Annual administration report of the Civil Veterinary Department of India - 1899-1900
Year: 1899
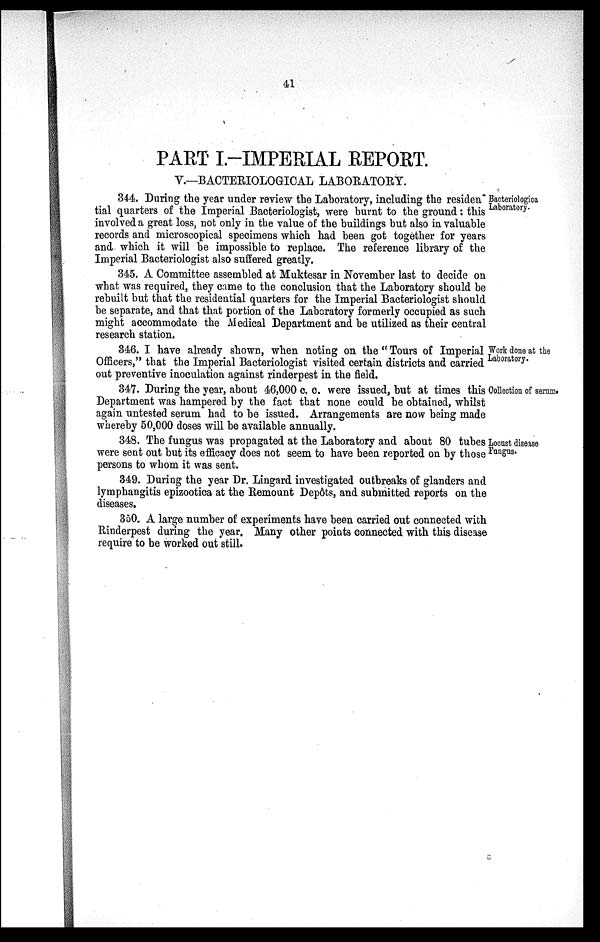
41
PART I.-IMPERIAL REPORT.
V.—BACTERIOLOGICAL LABORATORY.
Bacteriological
Laboratory.
344. During the year under review the Laboratory, including the residen
tial quarters of the Imperial Bacteriologist, were burnt to the ground: this
involved a great loss, not only in the value of the buildings but also in valuable
records and microscopical specimens which had been got together for years
and which it will be impossible to replace. The reference library of the
Imperial Bacteriologist also suffered greatly.
345. A Committee assembled at Muktesar in November last to decide on
what was required, they came to the conclusion that the Laboratory should be
rebuilt but that the residential quarters for the Imperial Bacteriologist should
be separate, and that that portion of the Laboratory formerly occupied as such
might accommodate the Medical Department and be utilized as their central
research station.
Work done at the
Laboratory.
346. I have already shown, when noting on the "Tours of Imperial
Officers," that the Imperial Bacteriologist visited certain districts and carried
out preventive inoculation against rinderpest in the field.
Collection of serum.
347. During the year, about 46,000 c. c. were issued, but at times this
Department was hampered by the fact that none could be obtained, whilst
again untested serum had to be issued. Arrangements are now being made
whereby 50,000 doses will be available annually.
Locust disease
Fungus.
348. The fungus was propagated at the Laboratory and about 80 tubes
were sent out but its efficacy does not seem to have been reported on by those
persons to whom it was sent.
349. During the year Dr. Lingard investigated outbreaks of glanders and
lymphangitis epizootica at the Remount Depôts, and submitted reports on the
diseases.
350. A large number of experiments have been carried out connected with
Rinderpest during the year. Many other points connected with this disease
require to be worked out still.